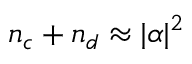
n _ { c } + n _ { d } \approx | \alpha | ^ { 2 }